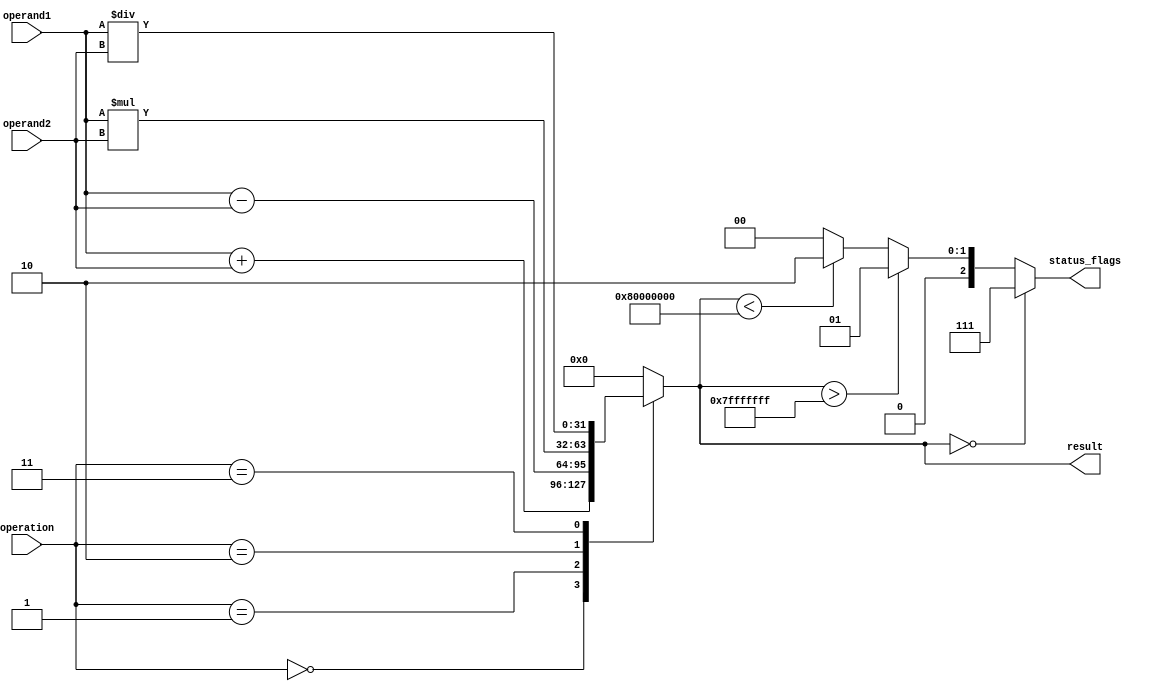
module floating_point_alu(
    input wire [31:0] operand1,
    input wire [31:0] operand2,
    input wire [2:0] operation,
    output reg [31:0] result,
    output reg [2:0] status_flags
);

reg [31:0] temp_result;

always @(*)
begin
    case(operation)
        3'b000: temp_result = operand1 + operand2; // addition
        3'b001: temp_result = operand1 - operand2; // subtraction
        3'b010: temp_result = operand1 * operand2; // multiplication
        3'b011: temp_result = operand1 / operand2; // division
        default: temp_result = 32'h0; // Invalid operation
    endcase
end

always @(*)
begin
    result = temp_result;
    // Determine status flags
    if(temp_result == 32'h0) begin
        status_flags = 3'b111; // NaN
    end else if(temp_result > 32'h7FFFFFFF) begin
        status_flags = 3'b001; // Overflow
    end else if(temp_result < 32'h80000000)begin
        status_flags = 3'b010; // Underflow
    end else begin
        status_flags = 3'b000; // No issues
    end
end

endmodule